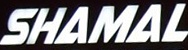
SHAMAL